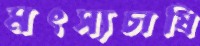
মৎস্যচাষি